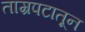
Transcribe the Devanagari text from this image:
ताम्रपटातून